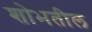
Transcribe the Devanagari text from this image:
शोभतील